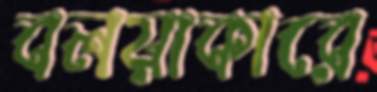
বলয়াকারে